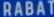
RABAT